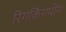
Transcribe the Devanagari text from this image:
रिंगकिंगपोंग